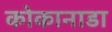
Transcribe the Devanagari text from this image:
कोकानाडा